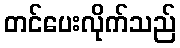
တင်ပေးလိုက်သည်